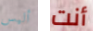
أليس أنت